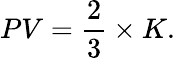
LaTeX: PV={\frac{2}{3}}\times{K}.